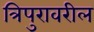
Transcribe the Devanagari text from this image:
त्रिपुरावरील